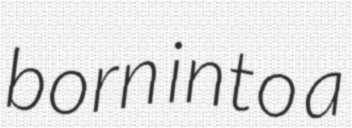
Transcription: born into a